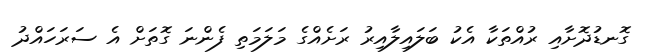
ގޮނޑުދޮށާއި ރުއްތަކާ އެކު ބަލައިލާއިރު ރަށެއްގެ މަލަމަތި ފެންނަ ގޮތަށް އެ ސަރަހައްދު